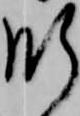
肝